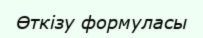
Өткізу формуласы